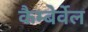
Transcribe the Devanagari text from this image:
कैम्बेर्वेल